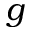
g